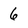
Character: 6